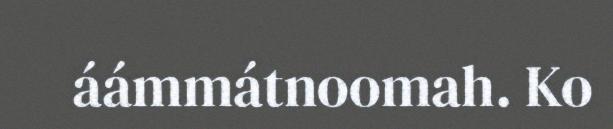
áámmátnoomah. Ko